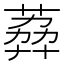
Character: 𦶭